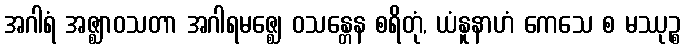
အဂါရံ အဇ္ဈာဝသတာ အဂါရမဇ္ဈေ ဝသန္တေန စရိတုံ, ယံနူနာဟံ ကေသေ စ မဿုဉ္စ